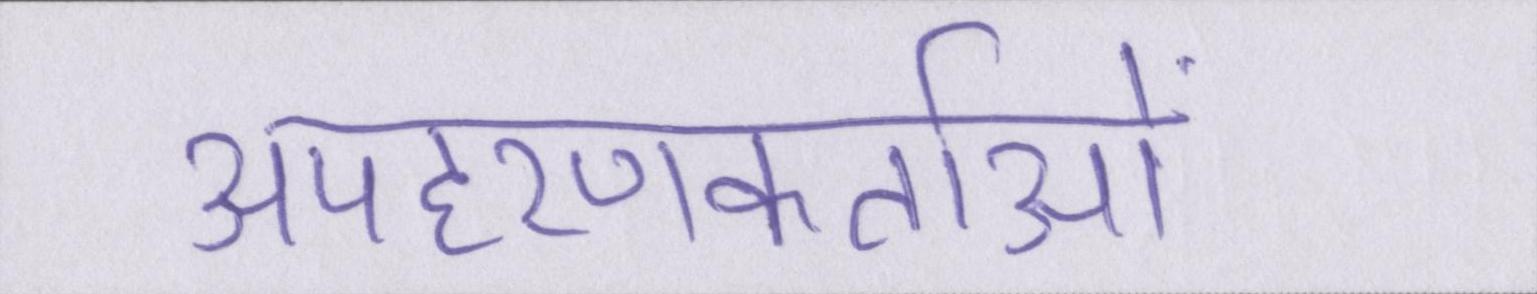
अपहरणकर्ताओं